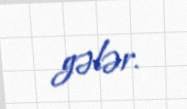
gələr.